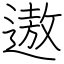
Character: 遨